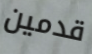
قدمين